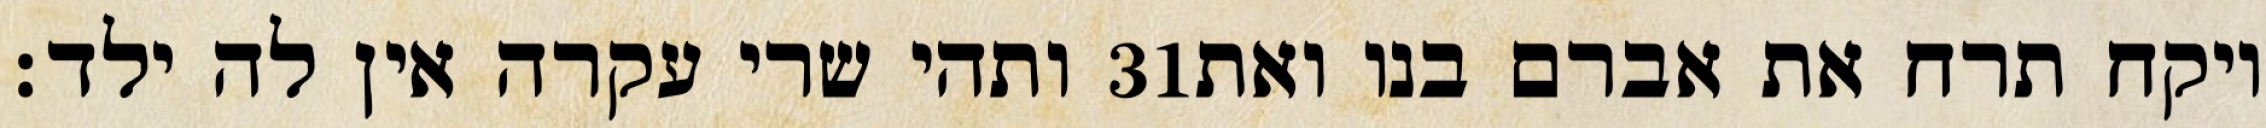
ותהי שרי עקרה אין לה ילד׃ ‎31‏ ויקח תרח את אברם בנו ואת